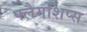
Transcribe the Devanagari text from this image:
फ्लैगशिप्‍स